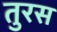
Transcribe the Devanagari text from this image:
तुरस